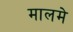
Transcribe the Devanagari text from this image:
मालमे